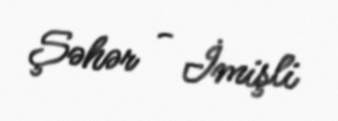
Şəhər - İmişli